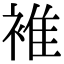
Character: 𧚮